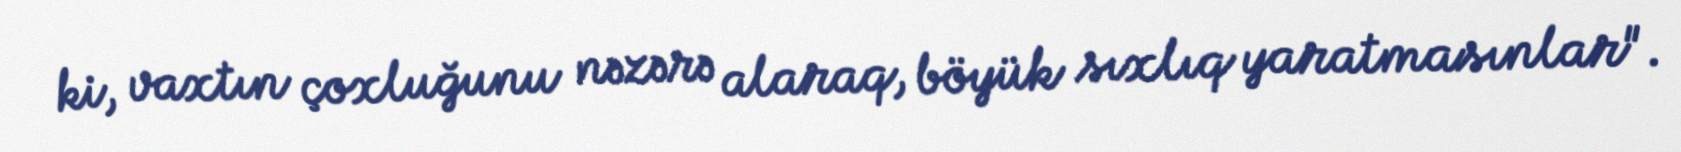
ki, vaxtın çoxluğunu nəzərə alaraq, böyük sıxlıq yaratmasınlar".